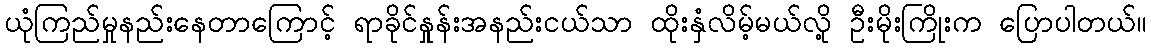
ယုံကြည်မှုနည်းနေတာကြောင့် ရာခိုင်နှုန်းအနည်းငယ်သာ ထိုးနှံလိမ့်မယ်လို့ ဦးမိုးကြိုးက ပြောပါတယ်။